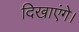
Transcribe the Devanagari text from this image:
दिखाएंगे।